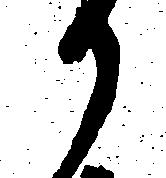
か